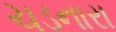
ચડનારા